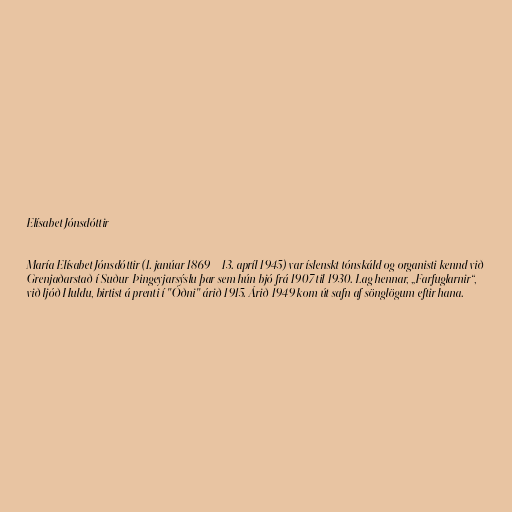
Elísabet Jónsdóttir

María Elísabet Jónsdóttir (1. janúar 1869 – 13. apríl 1945) var íslenskt tónskáld og organisti kennd við
Grenjaðarstað í Suður-Þingeyjarsýslu þar sem hún bjó frá 1907 til 1930. Lag hennar, „Farfuglarnir“,
við ljóð Huldu, birtist á prenti í "Óðni" árið 1915. Árið 1949 kom út safn af sönglögum eftir hana.